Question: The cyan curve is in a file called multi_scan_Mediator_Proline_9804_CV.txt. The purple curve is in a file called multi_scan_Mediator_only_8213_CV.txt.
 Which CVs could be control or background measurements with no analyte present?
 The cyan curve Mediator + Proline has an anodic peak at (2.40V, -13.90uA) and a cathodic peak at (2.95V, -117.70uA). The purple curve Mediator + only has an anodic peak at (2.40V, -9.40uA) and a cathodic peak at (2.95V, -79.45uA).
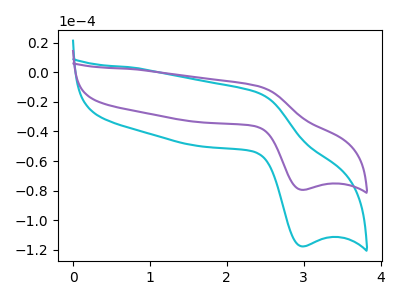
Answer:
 <answer>There are not any CV's on this graph that are likely to be blanks.</answer>
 <eval>none</eval>